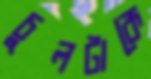
চুলটাকে